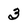
Character: 3